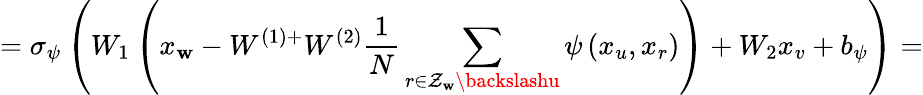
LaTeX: =\sigma_{\psi}\left(W_{1}\left(x_{\mathbf{w}}-W^{(1)+}W^{(2)}\frac{{1}}{{N}}\sum_{r\in\mathcal{{Z}}_{\mathbf{w}}\backslashu}\psi\left(x_{u},x_{r}\right)\right)+W_{2}x_{v}+b_{\psi}\right)=